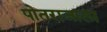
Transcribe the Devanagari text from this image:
पोतराजाला